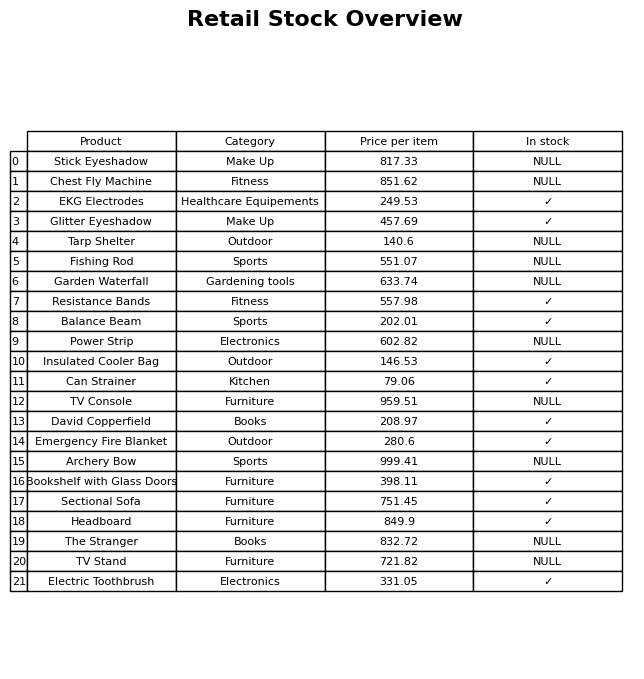
question: What is the stock status of the The Stranger?
answer: NULL